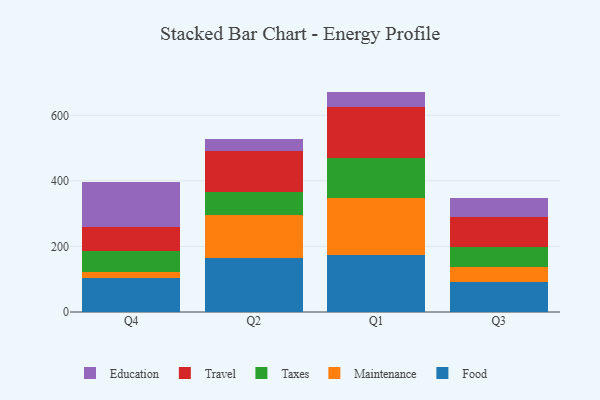
{"axis": {"x": "Quarter", "y": "Shipments"}, "legend": ["Education", "Food", "Maintenance", "Taxes", "Travel"], "data": [{"x": "Q4", "y": 105.2, "type": "Food"}, {"x": "Q4", "y": 17.7, "type": "Maintenance"}, {"x": "Q4", "y": 62.7, "type": "Taxes"}, {"x": "Q4", "y": 73.3, "type": "Travel"}, {"x": "Q4", "y": 137.3, "type": "Education"}, {"x": "Q2", "y": 164.4, "type": "Food"}, {"x": "Q2", "y": 131.5, "type": "Maintenance"}, {"x": "Q2", "y": 71.4, "type": "Taxes"}, {"x": "Q2", "y": 123.1, "type": "Travel"}, {"x": "Q2", "y": 38.5, "type": "Education"}, {"x": "Q1", "y": 172.9, "type": "Food"}, {"x": "Q1", "y": 176.1, "type": "Maintenance"}, {"x": "Q1", "y": 122.2, "type": "Taxes"}, {"x": "Q1", "y": 154.0, "type": "Travel"}, {"x": "Q1", "y": 47.1, "type": "Education"}, {"x": "Q3", "y": 92.8, "type": "Food"}, {"x": "Q3", "y": 45.7, "type": "Maintenance"}, {"x": "Q3", "y": 61.2, "type": "Taxes"}, {"x": "Q3", "y": 89.4, "type": "Travel"}, {"x": "Q3", "y": 59.0, "type": "Education"}]}